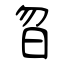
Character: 曶